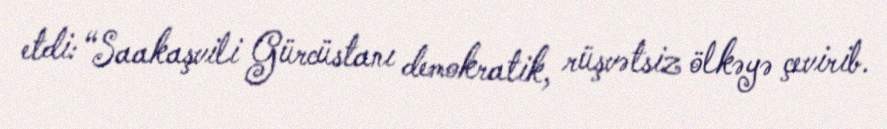
etdi: “Saakaşvili Gürcüstanı demokratik, rüşvətsiz ölkəyə çevirib.